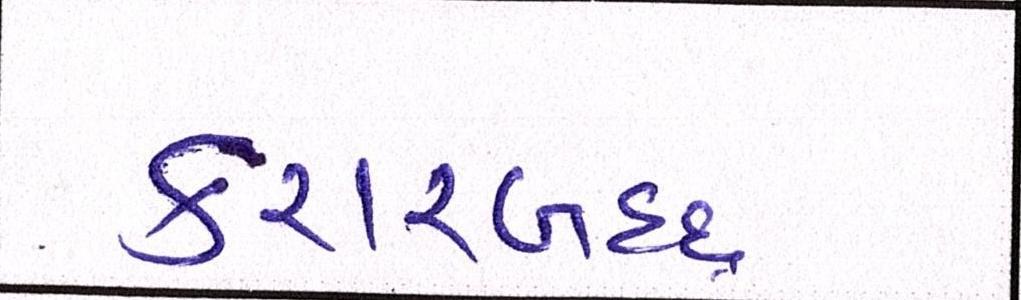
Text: કરારબદ્ધ